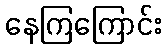
နေကြကြောင်း